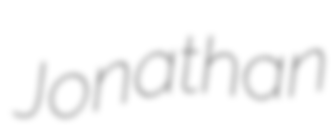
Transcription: Jonathan